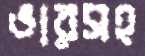
ভারসহ